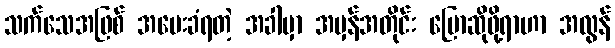
သက်သေအဖြစ် အမေးခံရတဲ့ အခါမှာ အမှန်အတိုင်း ပြောဆိုဖို့ရာဟာ အလွန်